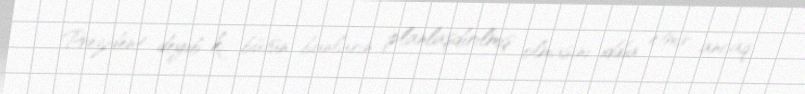
Prezident deyib ki, bütün bunların planlaşdırılmış olmasını iddia etmir, ancaq